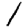
Digit: 1